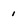
Character: 1